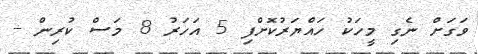
ވަގަށް ނެގި މީހަކު ހައްޔަރުކޮށްފި 5 އަހަރު 8 މަސް ކުރިން -